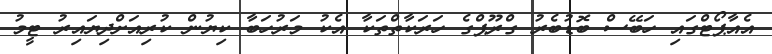
އެއާޕޯޓްގައި ހަބޭސް ބޮޑުބެރު ގްރޫޕްގެ ހަރަކާތްތަކާ އެކު މަރުހަބާ ކިޔުން ކުރިއަށްދިޔައިރު ޓީމު